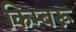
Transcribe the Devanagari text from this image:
किम्बरू